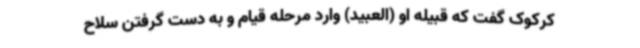
کرکوک گفت که قبیله او (العبید) وارد مرحله قیام و به دست گرفتن سلاح